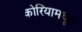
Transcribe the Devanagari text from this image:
कोरियामधून